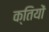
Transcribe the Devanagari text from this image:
क्तियों